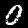
Label: 0